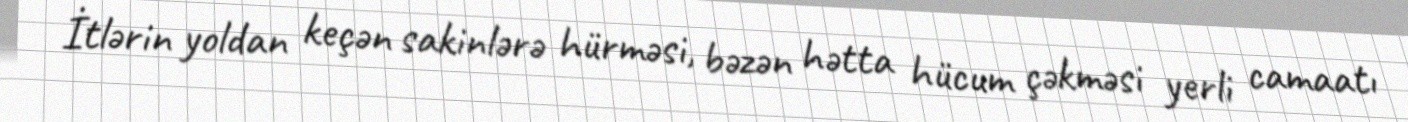
İtlərin yoldan keçən sakinlərə hürməsi, bəzən hətta hücum çəkməsi yerli camaatı